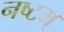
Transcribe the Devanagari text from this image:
नष्टम्